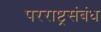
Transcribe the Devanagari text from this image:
परराष्ट्रसंबंध